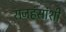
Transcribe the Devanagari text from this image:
राजहंसांशी